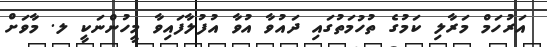
އަރުހަމް މަރާލި ކަމުގެ ތުހުމަތުގައި ދައުވާ އުވާ އުފުލާފައިވާ މީހުންނަކީ ލ. މާވަށް